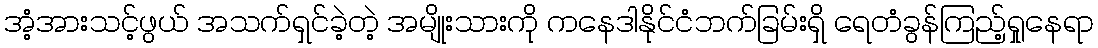
အံ့အားသင့်ဖွယ် အသက်ရှင်ခဲ့တဲ့ အမျိုးသားကို ကနေဒါနိုင်ငံဘက်ခြမ်းရှိ ရေတံခွန်ကြည့်ရှုနေရာ